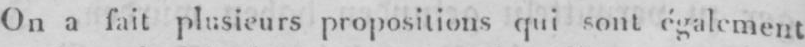
On a fait plusieurs propositions qui sontégalement